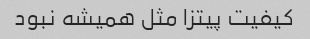
کیفیت پیتزا مثل همیشه نبود